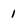
Character: 1